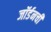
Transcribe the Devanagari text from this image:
जॉर्डनची